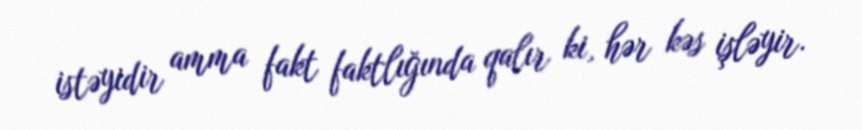
istəyidir amma fakt faktlığında qalır ki, hər kəs işləyir.